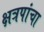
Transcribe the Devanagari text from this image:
क्षत्रपांचा